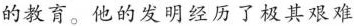
的教育。他的发明经历了极其艰难